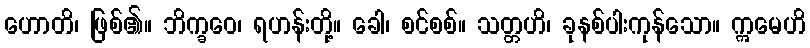
ဟောတိ၊ ဖြစ်၏။ ဘိက္ခဝေ၊ ရဟန်းတို့။ ခေါ၊ စင်စစ်။ သတ္တဟိ၊ ခုနစ်ပါးကုန်သော။ ဣမေဟိ